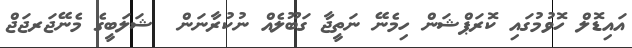
އައިޑޮލް ހޮވުމުގައި ކޮރަޕްޝަން ހިމެނޭ ނަތީޖާ ގަބޫލެއް ނުކުރާނަން  ޝަލަބީގެ މެނޭޖަރޖަޖް